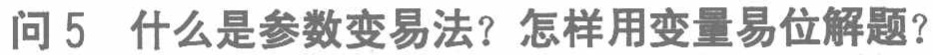
问 5 什么是参数变易法？怎样用变量易位解题？